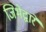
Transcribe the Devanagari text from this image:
जिभेद्वारे